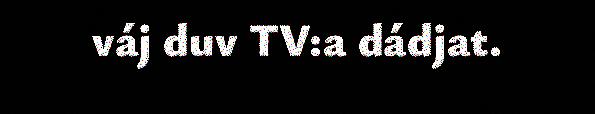
váj duv TV:a dádjat.